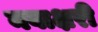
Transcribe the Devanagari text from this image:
नवाक्षरी